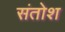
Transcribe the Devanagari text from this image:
संतोश